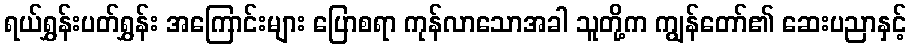
ရယ်ရွှန်းပတ်ရွှန်း အကြောင်းများ ပြောစရာ ကုန်လာသောအခါ သူတို့က ကျွန်တော်၏ ဆေးပညာနှင့်